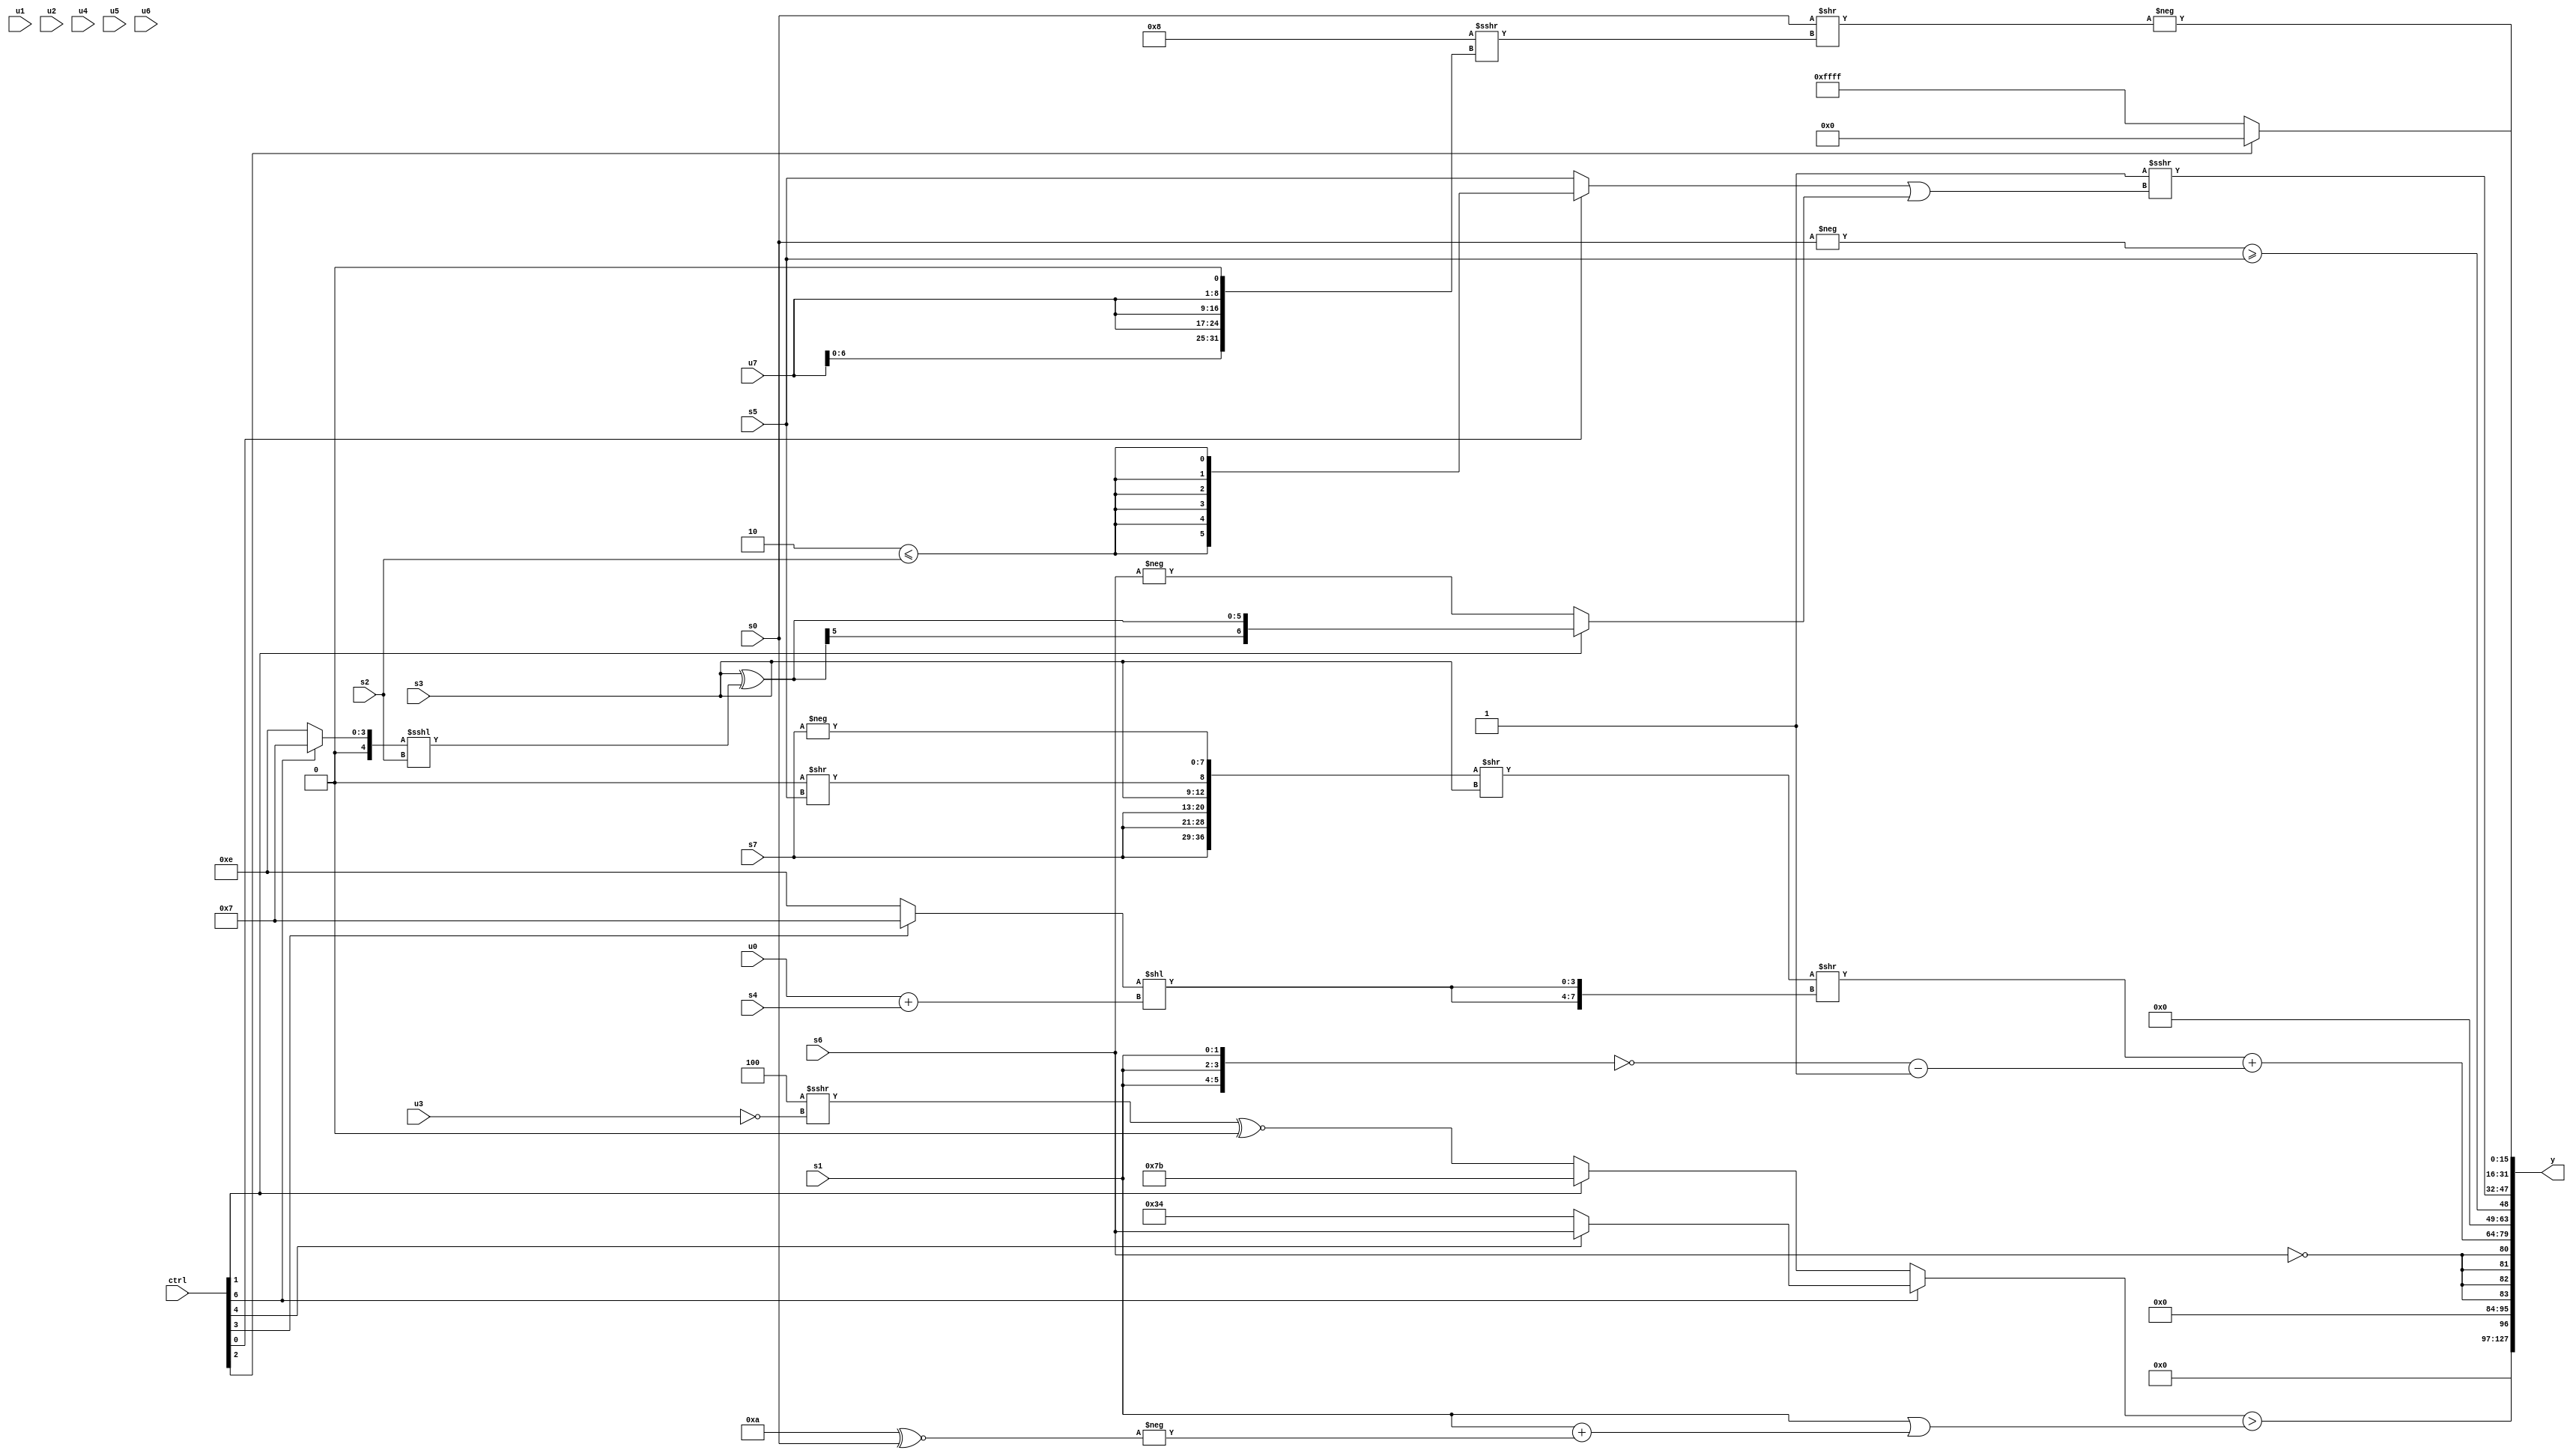
module wideexpr_00619(ctrl, u0, u1, u2, u3, u4, u5, u6, u7, s0, s1, s2, s3, s4, s5, s6, s7, y);
  input [7:0] ctrl;
  input [0:0] u0;
  input [1:0] u1;
  input [2:0] u2;
  input [3:0] u3;
  input [4:0] u4;
  input [5:0] u5;
  input [6:0] u6;
  input [7:0] u7;
  input signed [0:0] s0;
  input signed [1:0] s1;
  input signed [2:0] s2;
  input signed [3:0] s3;
  input signed [4:0] s4;
  input signed [5:0] s5;
  input signed [6:0] s6;
  input signed [7:0] s7;
  output [127:0] y;
  wire [15:0] y0;
  wire [15:0] y1;
  wire [15:0] y2;
  wire [15:0] y3;
  wire [15:0] y4;
  wire [15:0] y5;
  wire [15:0] y6;
  wire [15:0] y7;
  assign y = {y0,y1,y2,y3,y4,y5,y6,y7};
  assign y0 = (+(($unsigned(s5))<=(3'b101)))<<(5'sb11001);
  assign y1 = ((ctrl[6]?$signed($signed((ctrl[4]?{1{s6}}:(5'sb01101)<<<(2'sb10)))):(ctrl[1]?6'sb111011:(($signed(3'b100))>>>(~(u3)))^~(+((s6)>>(4'sb1001))))))>($signed((s1)|((s1)+(-((4'sb1010)^~(s0))))));
  assign y2 = {4{(s6)==(((-($unsigned(s1)))<<((!(-({4{1'b0}})))-((5'sb11110)<=((ctrl[1]?(s1)>>>(3'sb100):(s2)<<(s6))))))<<(5'sb01111))}};
  assign y3 = ((({{3{s7}},$signed(s3),(1'b0)>>(s5),-(s7)})>>(s3))>>({2{((ctrl[3]?3'b111:4'b1110))<<((u0)+(s4))}}))+((~({3{$signed(s1)}}))-(4'sb0001));
  assign y4 = (-($signed(s0)))>=(s5);
  assign y5 = (|((!(((((ctrl[7]?s2:s6))>>>((3'sb001)>>(u6)))<<((ctrl[5]?s5:+(u0))))^~(+((ctrl[4]?+(5'b11101):$signed(u2))))))!=({3'sb100,(~|(((6'sb100111)<<<(s6))|(6'sb011111)))>(~&(((5'b10111)<<<(2'b10))<<<(3'sb110)))})))>>>(($signed(((ctrl[0]?$signed(((2'sb10)<=(s2))^~(~&(5'b00101))):s5))<<<(+($signed((u6)>>>($unsigned(4'sb1100)))))))|((ctrl[1]?$signed((s3)^(((ctrl[6]?(5'sb01111)>>>(3'sb001):(ctrl[6]?2'sb10:6'sb001110)))<<<(s2))):-(s6))));
  assign y6 = (ctrl[2]?$signed($signed($unsigned($signed(2'sb00)))):3'sb111);
  assign y7 = -((s0)>>((5'sb11000)>>>(($signed({4{u7}}))<<<(3'sb001))));
endmodule